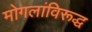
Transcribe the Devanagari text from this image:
मोगलांविरूद्ध